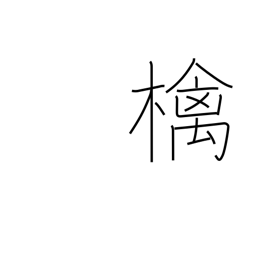
Meaning: apple